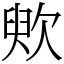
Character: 䶾